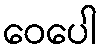
ဝေပေါ